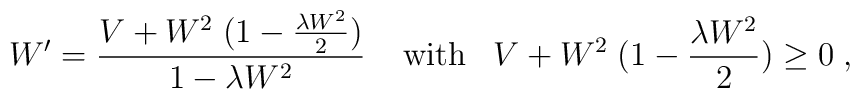
W' = \frac{V + W^2 \; (1 - \frac{\lambda W^2}{2})}{1 - \lambda W^2} \; \; \; \; {\rm with} \; \; \; V + W^2 \; (1 - \frac{\lambda W^2}{2}) \ge 0 \; ,